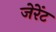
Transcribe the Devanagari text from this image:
जेरेंट